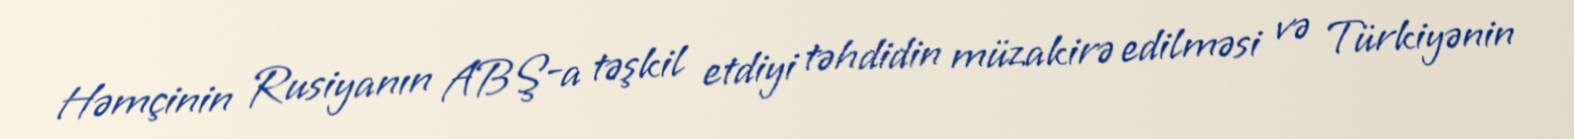
Həmçinin Rusiyanın ABŞ-a təşkil etdiyi təhdidin müzakirə edilməsi və Türkiyənin